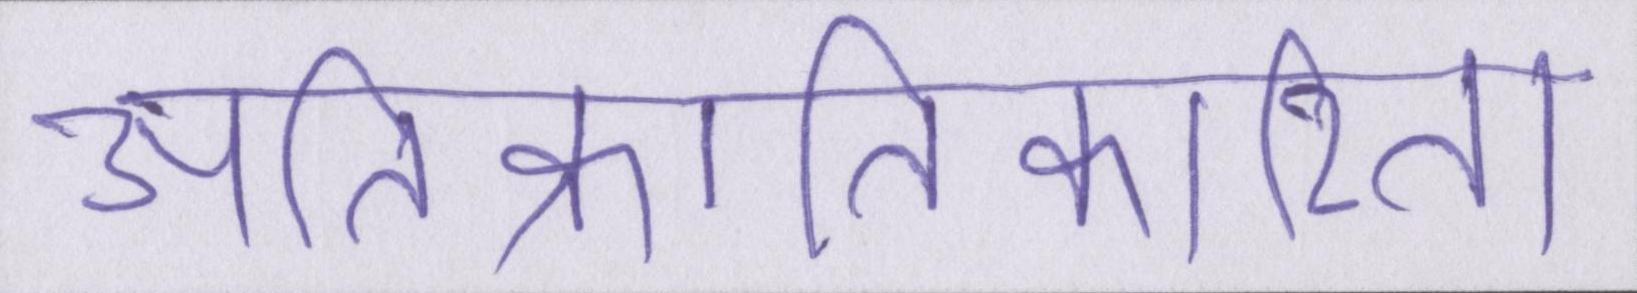
अतिक्रांतिकारिता